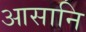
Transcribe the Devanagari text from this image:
आसानि